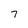
Character: 7